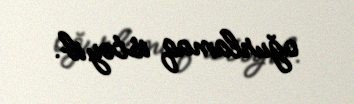
oğurlamaq istəyib.